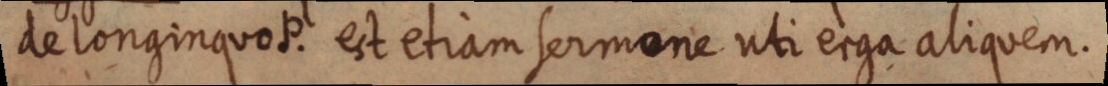
de longinquo P. est etiam sermone uti erga aliquem.